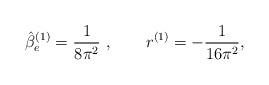
LaTeX: \begin{align*}\hat \beta^ {(1)}_e = \frac 1 {8\pi^2 } \ , \qquad r^ {(1)} = - \frac 1{16\pi^2 },\end{align*}